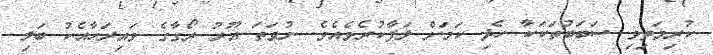
ކުރިމަތިވި ސަބަބުތަކަކާ ހެދި ކަމަށް ލަފާކުރެވެއެވެ. ނުވަތަ އޫރު ރޯގާގެ ވައިރަހާއެކު ބަލި